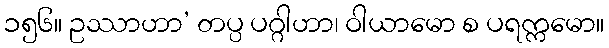
၁၅၆။ ဥဿာဟာ’ တပ္ပ ပဂ္ဂါဟာ၊ ဝါယာမော စ ပရက္ကမော။